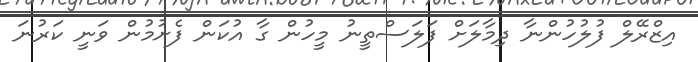
އިޒްރޭލް ފުލުހުންނާ ދިމާލަށް ފަލަސްތީނު މީހުން ގާ އުކަން ފެށުމުން ވަނީ ކަރުނަ